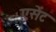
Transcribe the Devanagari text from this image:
एसेंट